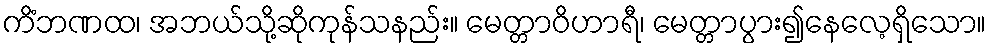
ကိံဘဏထ၊ အဘယ်သို့ဆိုကုန်သနည်း။ မေတ္တာဝိဟာရီ၊ မေတ္တာပွား၍နေလေ့ရှိသော။